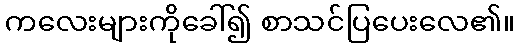
ကလေးများကိုခေါ်၍ စာသင်ပြပေးလေ၏။